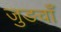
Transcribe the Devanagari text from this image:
जुङवाँ